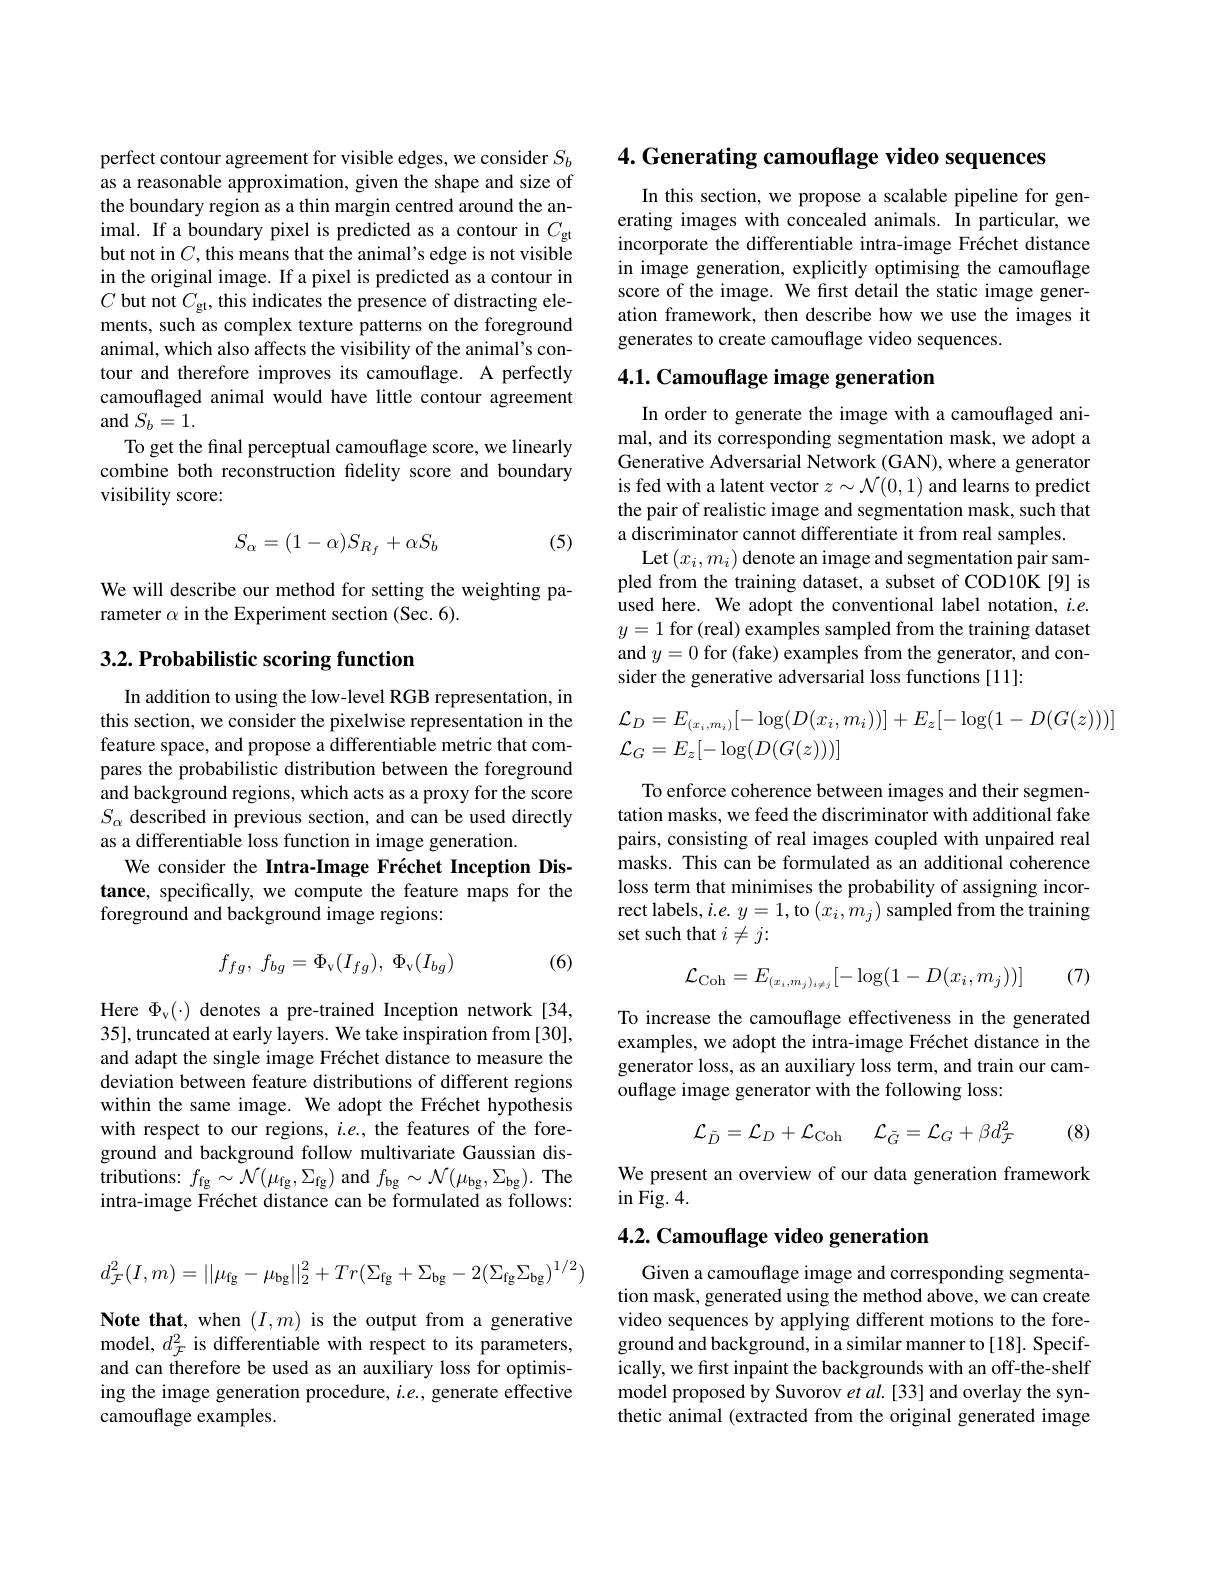
perfect contour agreement for visible edges, we consider $S_b$ as a reasonable approximation, given the shape and size of the boundary region as a thin margin centred around the animal. If a boundary pixel is predicted as a contour in $C_{\mathrm{gt}}$ but not in $C$,this means that the animal's edge is not visible in the original image. If a pixel is predicted as a contour in $C$ but not $C_\mathrm{gt}$, this indicates the presence of distracting elements, such as complex texture patterns on the foreground animal, which also affects the visibility of the animal's contour and therefore improves its camouflage. A perfectly camouflaged animal would have little contour agreement and $S_b=1.$
To get the final perceptual camouflage score, we linearly combine both reconstruction fdelity score and boundary visibility score:

(5)
$$S_\alpha=(1-\alpha)S_{R_f}+\alpha S_b$$
We will describe our method for setting the weighting pa-
rameter $\alpha$ in the Experiment section (Sec. 6).

## 3.2. Probabilistic scoring function

In addition to using the low-level RGB representation, in this section, we consider the pixelwise representation in the feature space, and propose a differentiable metric that compares the probabilistic distribution between the foreground and background regions, which acts as a proxy for the score $S_\alpha$ described in previous section, and can be used directly as a differentiable loss function in image generation.
We consider the Intra-Image Fréchet Inception Distance, specifically, we compute the feature maps for the foreground and background image regions:

(6)
$$f_{fg},\:f_{bg}=\Phi_{\mathrm{v}}(I_{fg}),\:\Phi_{\mathrm{v}}(I_{bg})$$
Here $\Phi_{\mathrm{v}}(\cdot)$ denotes a pre-trained Inception network[34, 35],truncated at early layers. We take inspiration from [30], and adapt the single image Fréchet distance to measure the deviation between feature distributions of different regions within the same image. We adopt the Fréchet hypothesis with respect to our regions, $i.e.$, the features of the foreground and background follow multivariate Gaussian distributions: $f_\mathrm{fg}\sim \mathcal{N} ( \mu _\mathrm{fg}, \Sigma _\mathrm{fg})$ and $f_\mathrm{bg}\sim \mathcal{N} ( \mu _\mathrm{bg}, \Sigma _\mathrm{bg}) .$ The intra-image Fréchet distance can be formulated as follows:
$$d_{\mathcal F}^{2}(I,m)=||\mu_{\mathrm{fg}}-\mu_{\mathrm{bg}}||_{2}^{2}+Tr(\Sigma_{\mathrm{fg}}+\Sigma_{\mathrm{bg}}-2(\Sigma_{\mathrm{fg}}\Sigma_{\mathrm{bg}})^{1/2})$$
Note that, when $(I,m)$ is the output from a generative model, $d_{\mathcal{F}}^{2}$ is differentiable with respect to its parameters, and can therefore be used as an auxiliary loss for optimising the image generation procedure, $i.e.$, generate effective camouflage examples

4. Generating camouflage video sequences

In this section, we propose a scalable pipeline for generating images with concealed animals. In particular, we incorporate the differentiable intra-image Fréchet distance in image generation, explicitly optimising the camouflage score of the image. We first detail the static image generation framework, then describe how we use the images it generates to create camouflage video sequences.

# 4.1. Camouflage image generation

In order to generate the image with a camouflaged animal, and its corresponding segmentation mask, we adopt a Generative Adversarial Network (GAN), where a generator is fed with a latent vector $z\sim\mathcal{N}(0,1)$ and learns to predict the pair of realistic image and segmentation mask, such that a discriminator cannot differentiate it from real samples.
Let$\left(x_{i},m_{i}\right)$denote an image and segmentation pair sampled from the training dataset, a subset of COD10K[9] is used here. We adopt the conventional label notation, $i.e.$ $y=1$ for (real) examples sampled from the training dataset and $y=0$ for (fake) examples from the generator, and consider the generative adversarial loss functions [11]:
$$\begin{aligned}\mathcal{L}_{D}&=E_{(x_i,m_i)}[-\log(D(x_i,m_i))]+E_z[-\log(1-D(G(z)))]\\\mathcal{L}_{G}&=E_z[-\log(D(G(z)))]\end{aligned}$$
To enforce coherence between images and their segmentation masks, we feed the discriminator with additional fake pairs, consisting of real images coupled with unpaired real masks. This can be formulated as an additional coherence loss term that minimises the probability of assigning incorrect labels, $i.e.y=1$,to $(x_i,\hat{m}_j)$ sampled from the training set such that $i\neq j:$

(7)
$$\mathcal{L}_{\mathrm{Coh}}=E_{(x_i,m_j)_{i\neq j}}[-\log(1-D(x_i,m_j))]$$
To increase the camouflage effectiveness in the generated examples, we adopt the intra-image Fréchet distance in the generator loss, as an auxiliary loss term, and train our camouflage image generator with the following loss:

(8)
$$\mathcal{L}_{\tilde{D}}=\mathcal{L}_{D}+\mathcal{L}_{\mathrm{Coh}}\quad\mathcal{L}_{\tilde{G}}=\mathcal{L}_{G}+\beta d_{\mathcal{F}}^{2}$$
We present an overview of our data generation framework
$\operatorname{in}\operatorname{Fig.}4.$

## 4.2. Camouflage video generation

Given a camouflage image and corresponding segmentation mask, generated using the method above, we can create video sequences by applying different motions to the foreground and background, in a similar manner to [18]. Specifically, we first inpaint the backgrounds with an off-the-shelf model proposed by Suvorov $etal.[33]$ and overlay the synthetic animal (extracted from the original generated image